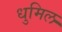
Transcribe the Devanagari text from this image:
धुमिल